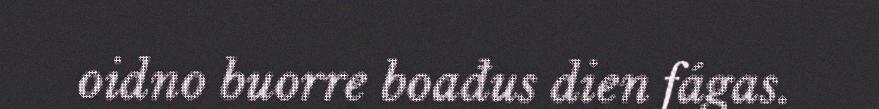
oidno buorre boađus dien fágas.